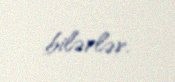
bilərlər.